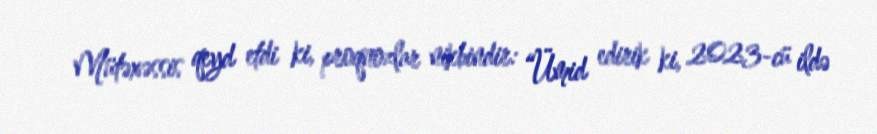
Mütəxəssis qeyd etdi ki, proqnozlar nikbindir: “Ümid edirik ki, 2023-cü ildə